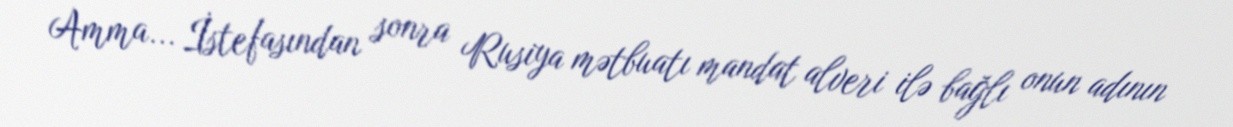
Amma... İstefasından sonra Rusiya mətbuatı mandat alveri ilə bağlı onun adının